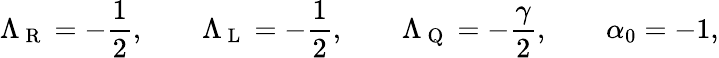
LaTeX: \Lambda_{\mathrm{~R~}}=-\frac{1}{2},\qquad\Lambda_{\mathrm{~L~}}=-\frac{1}{2},\qquad\Lambda_{\mathrm{~Q~}}=-\frac{\gamma}{2},\qquad\alpha_{0}=-1,